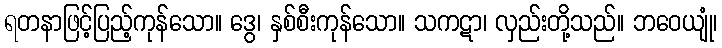
ရတနာဖြင့်ပြည့်ကုန်သော။ ဒွေ၊ နှစ်စီးကုန်သော။ သကဋာ၊ လှည်းတို့သည်။ ဘဝေယျုံ၊